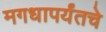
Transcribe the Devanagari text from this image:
मगधापर्यंतचे